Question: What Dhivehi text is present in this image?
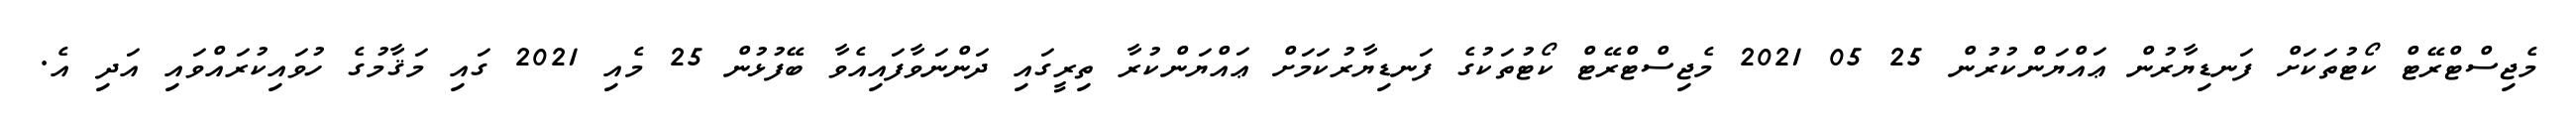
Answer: މެޖިސްޓްރޭޓް ކޯޓުތަކަށް ފަނޑިޔާރުން ޢައްޔަންކުރުން 25 05 2021 މެޖިސްޓްރޭޓް ކޯޓުތަކުގެ ފަނޑިޔާރުކަމަށް ޢައްޔަންކުރާ ތިރީގައި ދަންނަވާފައިއެވާ ބޭފުޅުން 25 މެއި 2021 ގައި މަޤާމުގެ ހުވައިކުރައްވައި އަދި އެ.